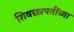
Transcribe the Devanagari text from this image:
शिवछ्त्रपतींच्या